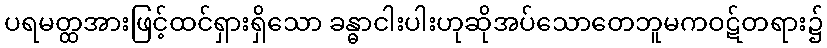
ပရမတ္ထအားဖြင့်ထင်ရှားရှိသော ခန္ဓာငါးပါးဟုဆိုအပ်သောတေဘူမကဝဋ်တရား၌